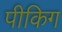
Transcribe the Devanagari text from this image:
पीकिग